Indian journal of veterinary science and animal husbandry - Volume 2,
Year: 1932
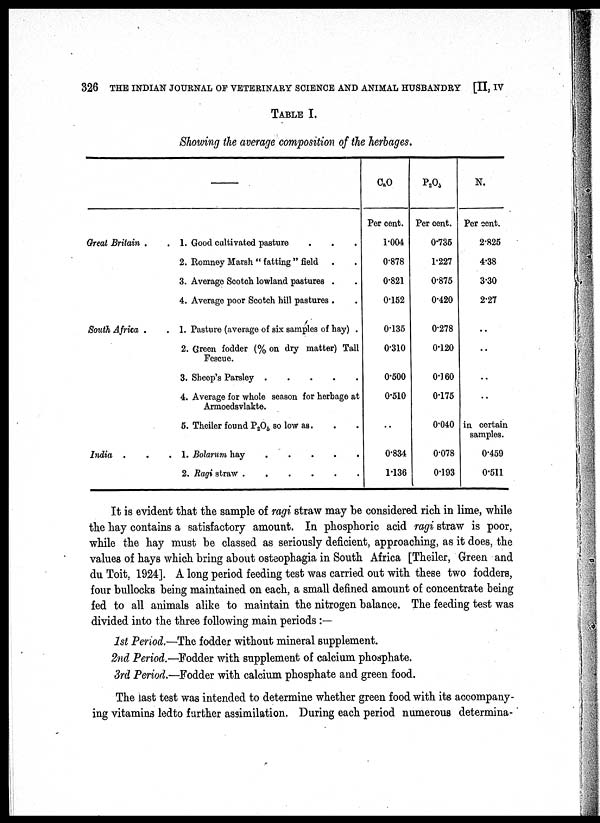
326 THE INDIAN JOURNAL OF VETERINARY SCIENCE AND ANIMAL HUSBANDRY [II, IV
TABLE I.
Showing the average composition of the herbages.
—
Great Britain .
South Africa .
India . .
. 1. Good cultivated pasture . . .
2. Romney Marsh " fatting " field . .
3. Average Scotch lowland pastures . .
4. Average poor Scotch hill pastures . .
. 1. Pasture (average of six samples of hay) .
2. Green fodder (% on dry matter) Tall
Fescue.
3. Sheep's Parsley . . . . .
4. Average for whole season for herbage at
Armoedsvlakte.
5. Theiler found P 2 O 5 so low as. . .
. 1. Bolarum hay
.
.
.
.
.
2. Ragi straw . . . . . .
C a O
Per cent.
1.004
0.878
0.821
0.152
0.135
0.310
0.500
0.510
..
0.834
1.136
P 2 O 3
Per cent.
0.735
1.227
0.875
0.420
0.278
0.120
0.160
0.175
0.040
0.078
0.193
N.
Per cent.
2.825
4.38
3.30
2.27
..
..
..
..
in certain
samples.
0.459
0.511
It is evident that the sample of ragi straw may be considered rich in lime, while
the hay contains a satisfactory amount. In phosphoric acid ragi straw is poor,
while the hay must be classed as seriously deficient, approaching, as it does, the
values of hays which bring about osteophagia in South Africa [Theiler, Green and
du Toit, 1924]. A long period feeding test was carried out with these two fodders,
four bullocks being maintained on each, a small defined amount of concentrate being
fed to all animals alike to maintain the nitrogen balance. The feeding test was
divided into the three following main periods :—
1st Period.—The fodder without mineral supplement.
2nd Period.—Fodder with supplement of calcium phosphate.
3rd Period.—Fodder with calcium phosphate and green food.
The last test was intended to determine whether green food with its accompany-
ing vitamins ledto further assimilation. During each period numerous determina¬